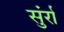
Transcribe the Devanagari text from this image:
सुंर्रा